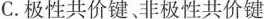
C. 极性共价键、非极性共价键